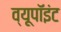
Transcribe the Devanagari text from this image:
व्यूपॉइंट